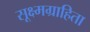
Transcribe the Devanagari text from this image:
सूक्ष्मग्राहिता